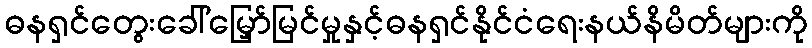
ဓနရှင်တွေးခေါ်မြှော်မြင်မှုနှင့်ဓနရှင်နိုင်ငံရေးနယ်နိမိတ်များကို